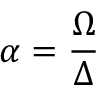
\alpha = \frac { \Omega } { \Delta }